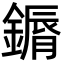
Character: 䥎